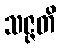
သဇ္ဇတိ